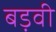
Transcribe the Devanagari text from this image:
बड़वी